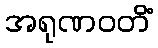
အရုဏဝတိံ